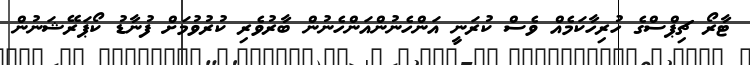
ޓާރޯ ޗިޕްސްގެ ހުރިހާކަމެއް ވެސް ކުރަނީ އަންހެނުންއަންހެނުން ބާރުވެރި ކުރުވުމަށް ފުނާޑު ކޯޕަރޭޝަނުން